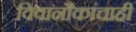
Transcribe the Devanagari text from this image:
विवानौकांचाही